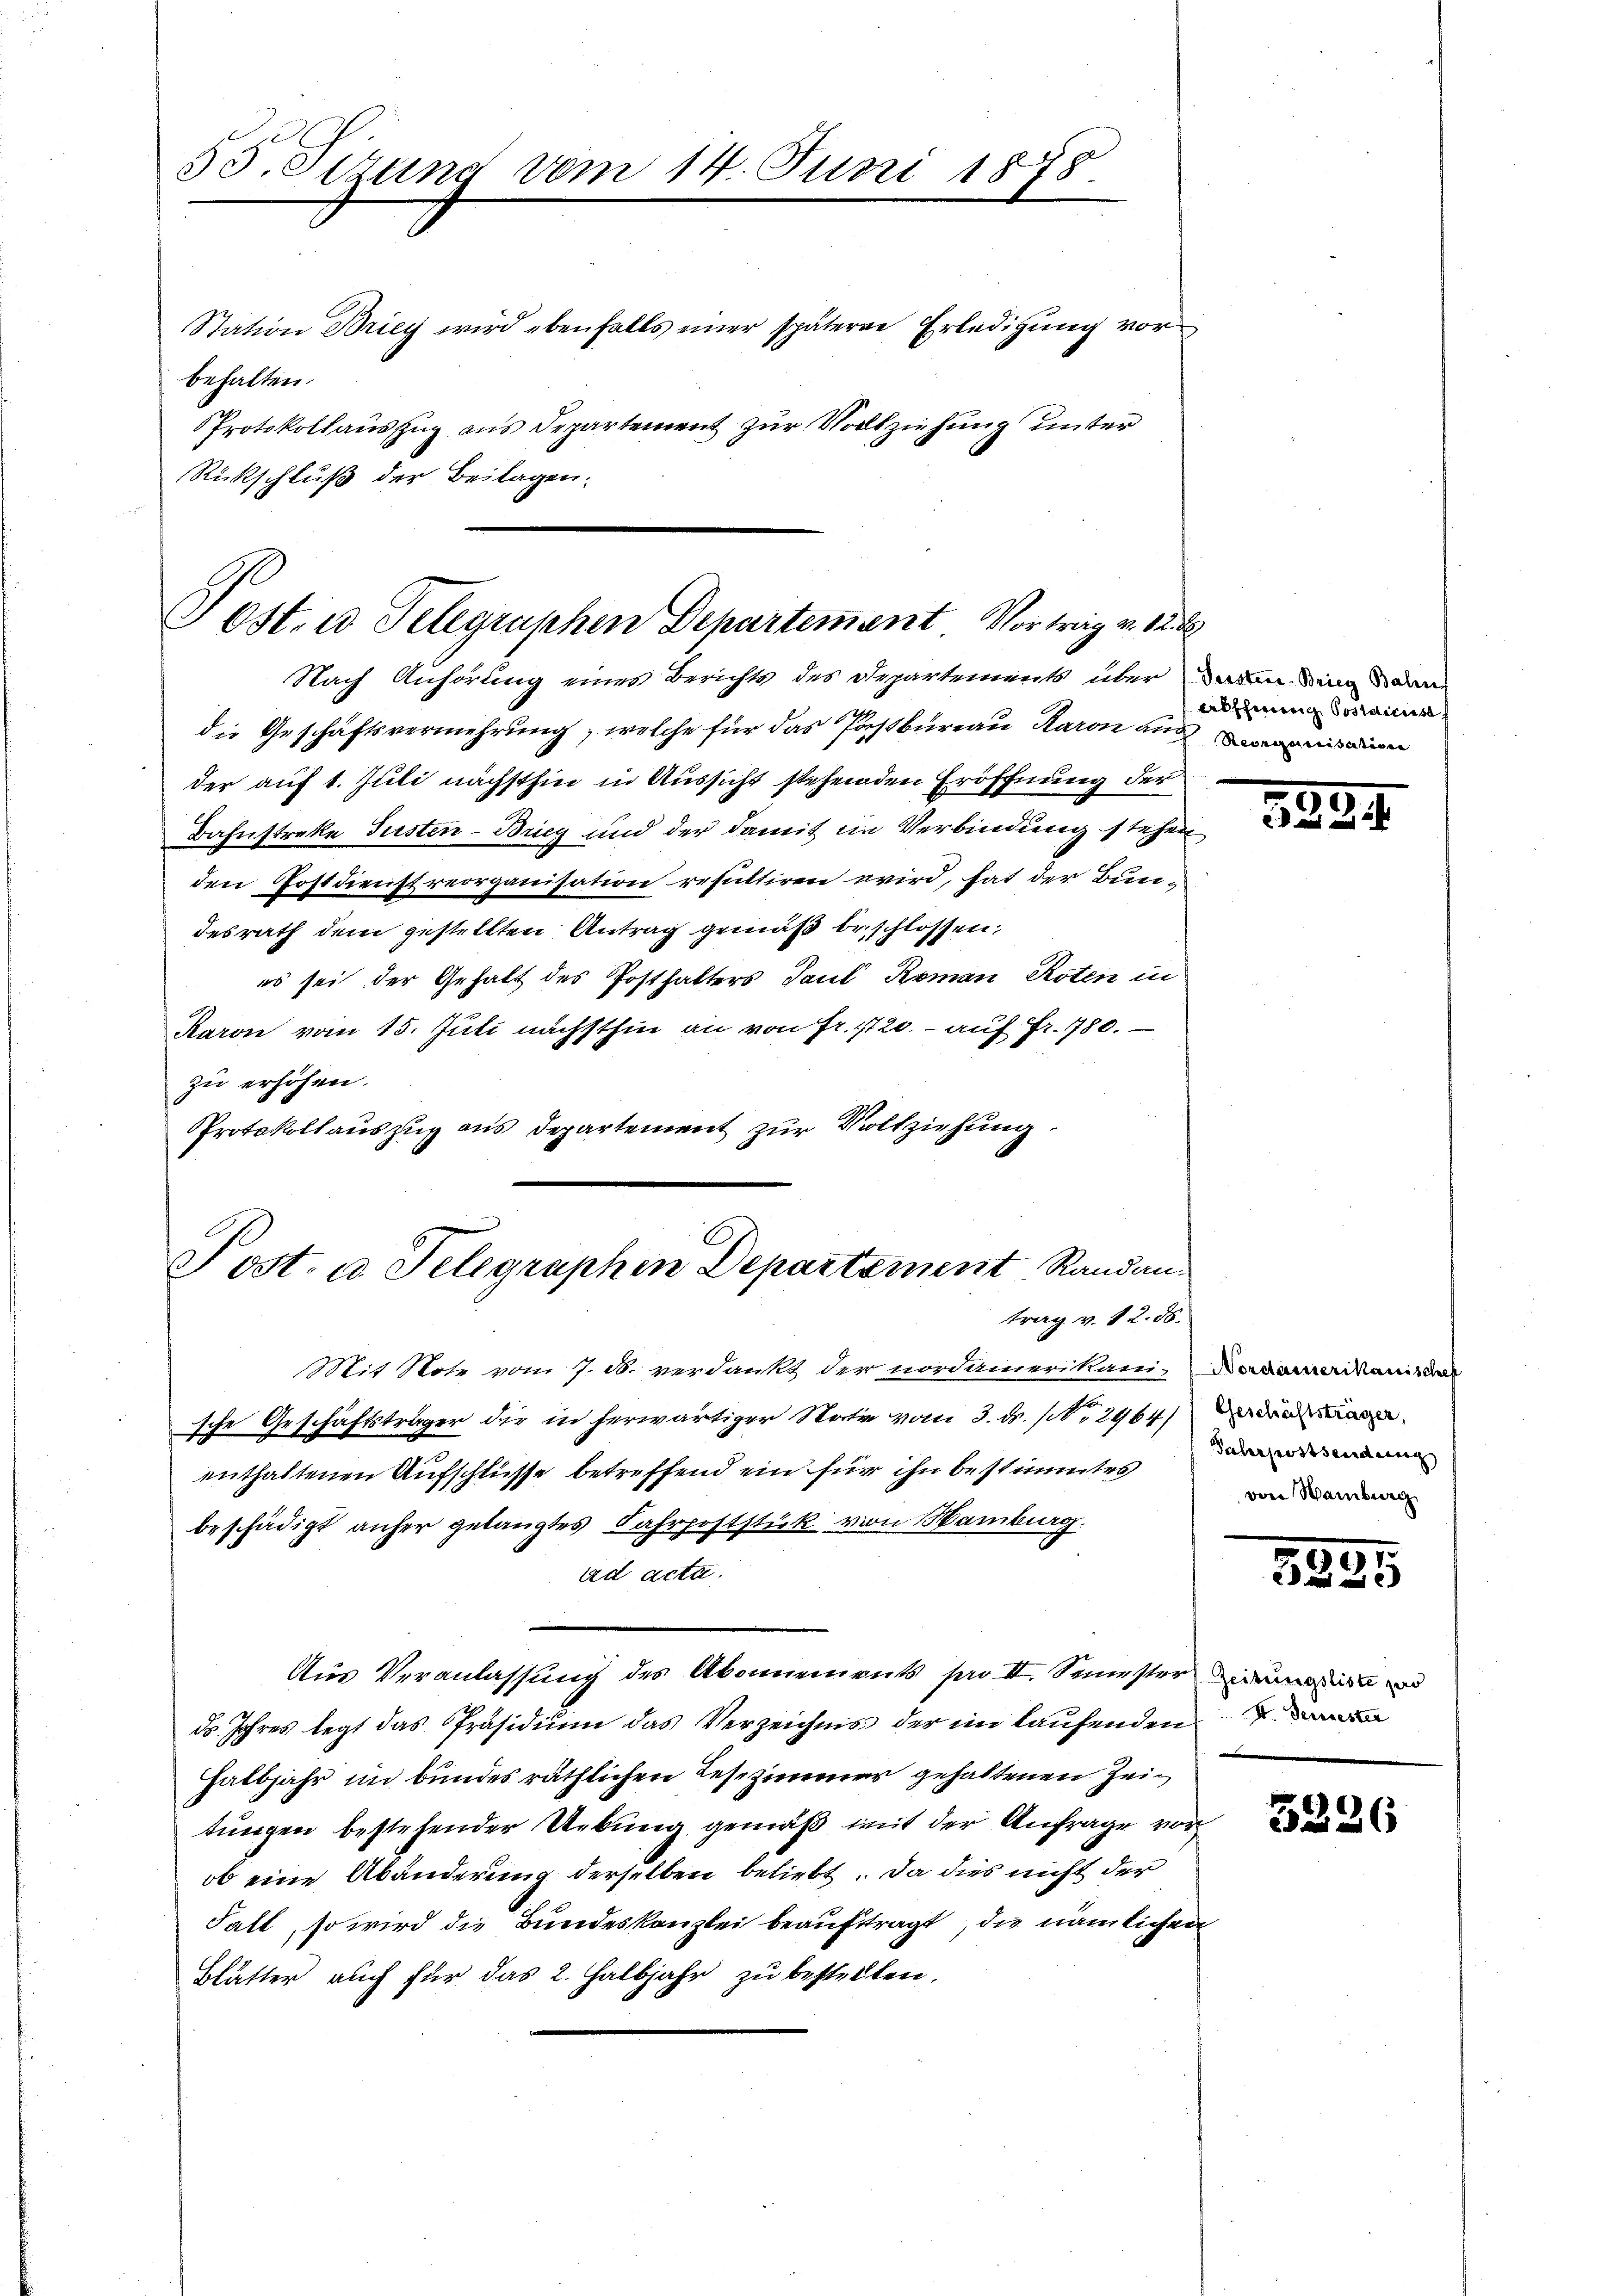
55. Sizung vom 14. Juni 1878.

behalten.
Rückschluß der Beilagen.

Station Briey wird ebenfalls einer späterer Erledigŭng vor
Protokollauszug aus Departement zur Vollziehung unter

Post. in Telegraphen Departement Vortrag v. 12.

Nach Anhörung eines Berichts des Departements über davon dinge
die Geschäftsvermehrung, welche für das Pastbureau Raron auch
der auf 1. Juli nächsthin in Aussicht stehenden Eröffnung der
Bahnstreke Seesten-Brieg und der damit in Verbindung stehen
den Postdienstreorganisation resultiren wird, hat der Bundesrath dem gestellten Antrag gemäß beschlossen,
es sei der Gehalt des Posthalters Paul Roman Roten in
Raron vom 15. Juli nächsthin an von Fr. 1720. - auf Fr. 780.
zu erhöhen.
Protokollauszug aus Departement zur Vollziehung

Post. a Telegraphen Departement Randan-
trag v. 12. 58.

Mit Note vom 7. B. verdankt der nordamerikani-Dadamerikanisa
sche Geschäftsträger die in herwärtiger Note vom 3. ds. No 2964. Da die
enthaltenen Aufschlüsse betreffend ein für ihn bestimmtes
beschädigt anher gelangtes Fahrpoststück von Hamburg.
ad acta.
Aus Veranlassung des Abonnements pro II. Semester in und
ds. Jahres legt das Präsidium das Verzeichnis der im laufenden
halbjahr im bundes räthlichen Lesezimmer gehaltenen Zeitungen bestehender Uebung gemäß mit der Anfrage vor
ob eine Abänderung derselben beliebt. Da dies nicht der
Fall, so wird die Bundeskanzlei beauftragt, die nämlichen
Blätter auch für das 2. Halbjahr zu bestellten,

abffering Postdicusa

383.

Palerpostsendung
von Wamburg

3395

5226